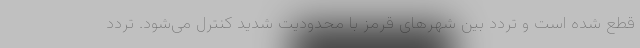
قطع شده است و تردد بین شهرهای قرمز با محدودیت شدید کنترل می‌شود. تردد